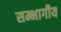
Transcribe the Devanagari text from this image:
सम्भागीय